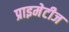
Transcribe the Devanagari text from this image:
प्राइमेटीज